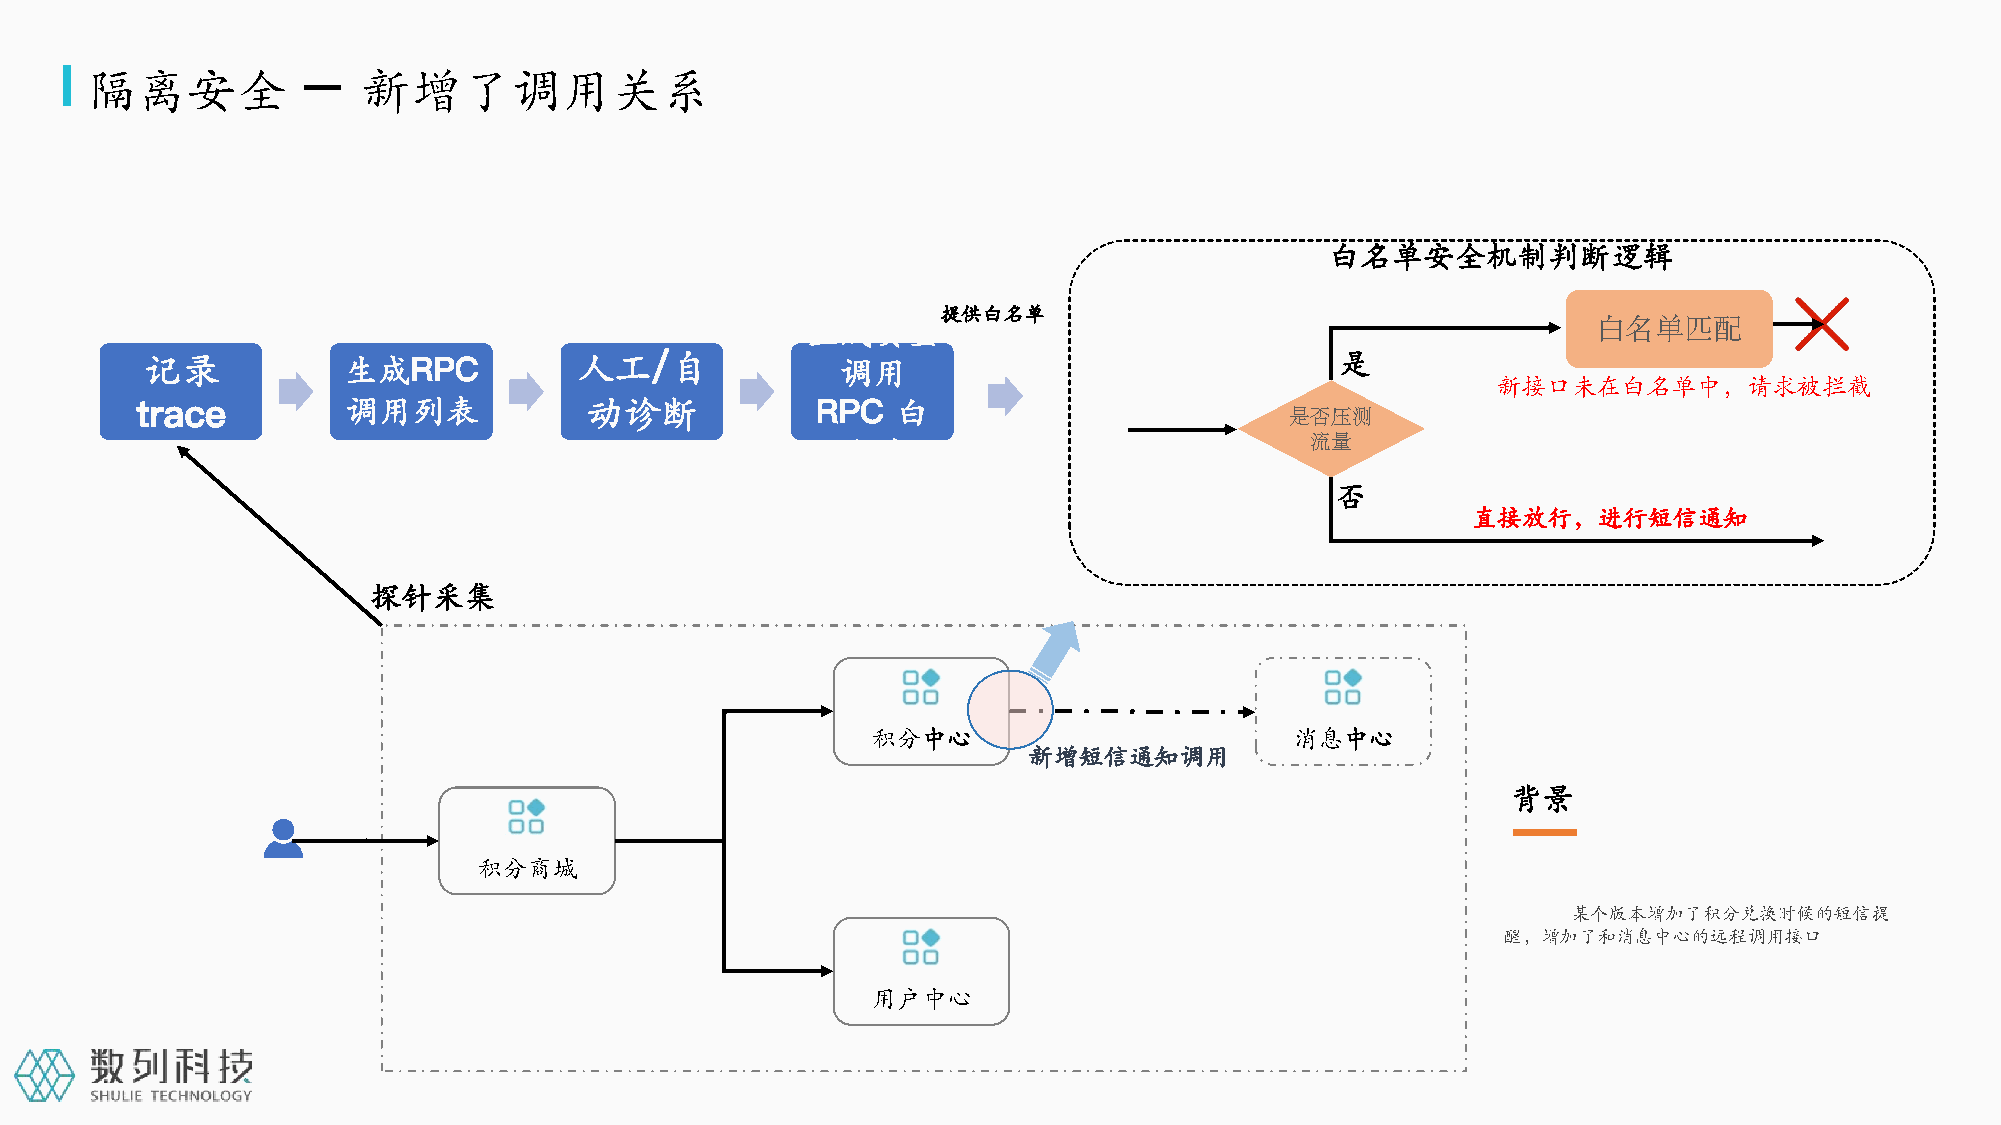
隔离安全          –   新增了调用关系
 白名单安全机制判断逻辑
 提供白名单
 生成安全                                                 白名单匹配
 记录            生成RPC          人工/自              调用                               是
 新接口未在白名单中，请求被拦截
 trace         调用列表            动诊断            RPC  白
 是否压测
 名单                             流量
 否
 直接放行，进行短信通知
 探针采集
 积分中心                        消息中心
 新增短信通知调用
 背景
 积分商城
 某个版本增加了积分兑换时候的短信提
 醒，增加了和消息中心的远程调用接口
 用户中心